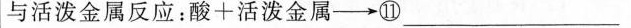
与活泼金属反应：酸+活泼金属-→⑪____